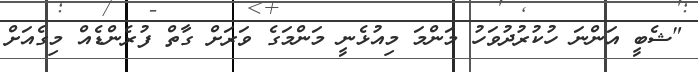
"ޝެބީ އަންނަ ހުކުރުދުވަހު މަންމަ މިއުޅެނީ މަންމަގެ ވަރަށް ގާތް ފުރެންޑެއް މިގެއަށް